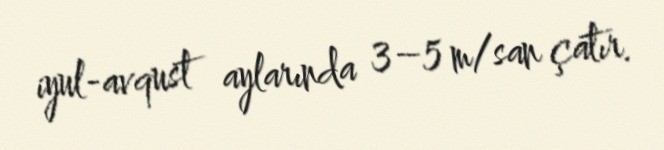
iyul-avqust aylarında 3–5 m/san çatır.